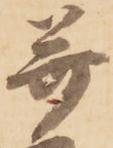
并